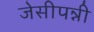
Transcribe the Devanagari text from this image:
जेसीपन्नी